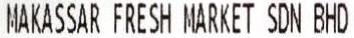
MAKASSAR FRESH MARKET SDN BHD